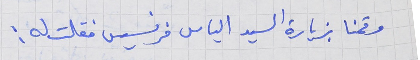
وقمنا بزيارة السيد الياس فرنسيس فقلت له :